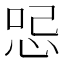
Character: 𠲹